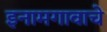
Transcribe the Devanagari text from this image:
इनामगावाचे